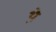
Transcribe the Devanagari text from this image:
थे़